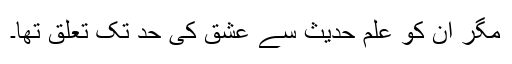
مگر ان کو علم حدیث سے عشق کی حد تک تعلق تھا۔